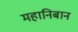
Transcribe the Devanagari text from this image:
महानिबान